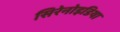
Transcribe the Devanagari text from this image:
सिरेनोइडिया